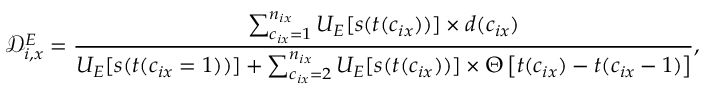
\mathcal { D } _ { i , x } ^ { E } = \frac { \sum _ { c _ { i x } = 1 } ^ { n _ { i x } } U _ { E } [ s ( t ( c _ { i x } ) ) ] \times d ( c _ { i x } ) } { U _ { E } [ s ( t ( c _ { i x } = 1 ) ) ] + \sum _ { c _ { i x } = 2 } ^ { n _ { i x } } U _ { E } [ s ( t ( c _ { i x } ) ) ] \times \Theta \left[ t ( c _ { i x } ) - t ( c _ { i x } - 1 ) \right] } ,